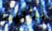
نباتية